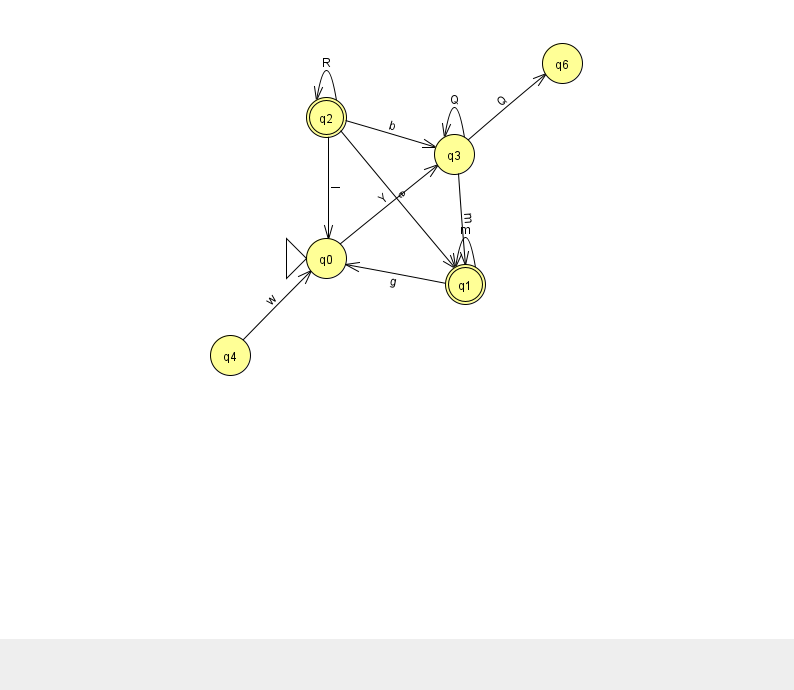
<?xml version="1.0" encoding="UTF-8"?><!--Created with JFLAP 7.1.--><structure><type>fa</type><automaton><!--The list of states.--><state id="0" name="q0"><x>326.0</x><y>245.0</y><initial/></state><state id="1" name="q1"><x>465.0</x><y>271.0</y><final/></state><state id="2" name="q2"><x>326.0</x><y>104.0</y><final/></state><state id="3" name="q3"><x>454.0</x><y>141.0</y></state><state id="4" name="q4"><x>230.0</x><y>342.0</y></state><state id="6" name="q6"><x>562.0</x><y>50.0</y></state><!--The list of transitions.--><transition><from>3</from><to>1</to><read>m</read></transition><transition><from>3</from><to>3</to><read>Q</read></transition><transition><from>2</from><to>2</to><read>R</read></transition><transition><from>2</from><to>1</to><read>e</read></transition><transition><from>3</from><to>6</to><read>Q</read></transition><transition><from>2</from><to>0</to><read>I</read></transition><transition><from>2</from><to>3</to><read>b</read></transition><transition><from>0</from><to>3</to><read>Y</read></transition><transition><from>1</from><to>1</to><read>m</read></transition><transition><from>4</from><to>0</to><read>w</read></transition><transition><from>1</from><to>0</to><read>g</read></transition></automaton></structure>